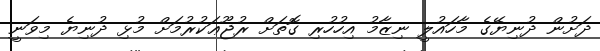
ދަށުން ދުނިޔޭގެ މާހައުލީ ނިޒާމު އިހުހުރި ގޮތަށް ރުޖޫޢަކުރުމަށް މުޅި ދުނިޔެ މިވަނީ